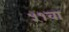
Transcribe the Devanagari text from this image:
५१वा